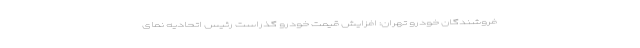
فروشندگان خودرو تهران: افزایش قیمت خودرو گذراست رئیس اتحادیه نمای